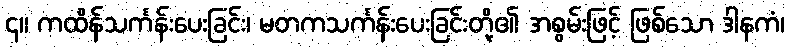
၄။ ကထိန်သင်္ကန်းပေးခြင်း၊ မတကသင်္ကန်းပေးခြင်းတို့၏ အစွမ်းဖြင့် ဖြစ်သော ဒါနကံ၊